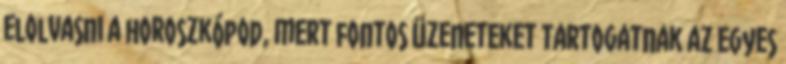
elolvasni a horoszkópod, mert fontos üzeneteket tartogatnak az egyes